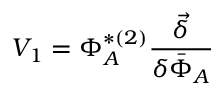
V _ { 1 } = \Phi _ { A } ^ { * ( 2 ) } \frac { \vec { \delta } } { \delta \bar { \Phi } _ { A } }